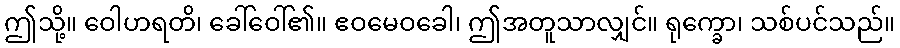
ဤသို့။ ဝေါဟရတိ၊ ခေါ်ဝေါ်၏။ ဧဝမေဝခေါ၊ ဤအတူသာလျှင်။ ရုက္ခော၊ သစ်ပင်သည်။